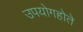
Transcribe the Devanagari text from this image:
उपयोगहोते